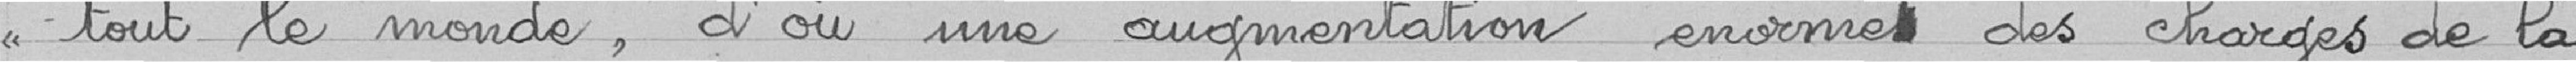
<< tout le monde , d'ou une augmentation énorme des charges de la